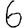
Digit: 6